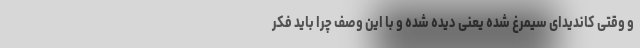
و وقتی کاندیدای سیمرغ شده یعنی دیده شده و با این وصف چرا باید فکر